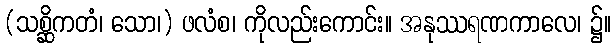
(သစ္ဆိကတံ၊ သော၊) ဖလံစ၊ ကိုလည်းကောင်း။ အနုဿရဏကာလေ၊ ၌။